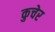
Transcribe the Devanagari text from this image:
कुचेर